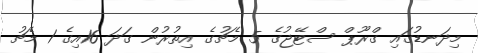
މިދަނޑުގައި ގްރޫޕް ސްޓޭޖުގެ 5 މެޗުގެ އިތުރުން ގަދަ 16އިގެ 1 މެޗު